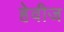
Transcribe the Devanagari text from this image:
हेवीज